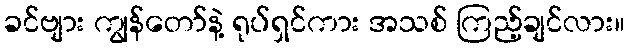
ခင်ဗျား ကျွန်တော်နဲ့ ရုပ်ရှင်ကား အသစ် ကြည့်ချင်လား။